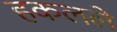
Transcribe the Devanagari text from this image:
हकलले